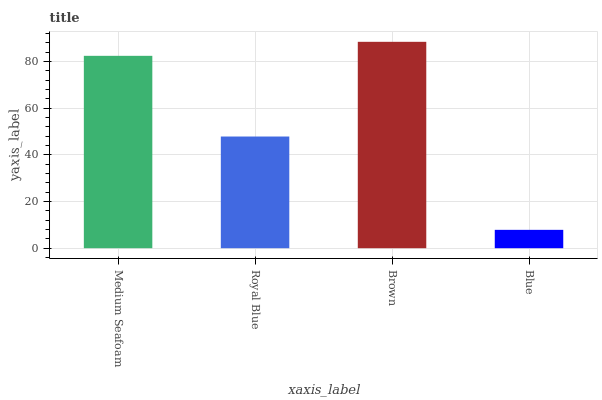
| xaxis_label | bars |
 | --- | --- |
 | Medium Seafoam | 82.5 |
 | Royal Blue | 47.9 |
 | Brown | 88.5 |
 | Blue | 7.87 |